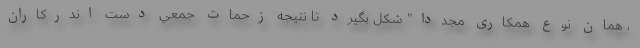
، همان نوع همکاری مجددا" شكل بگيرد تا نتيجه زحمات جمعي دست اندركاران